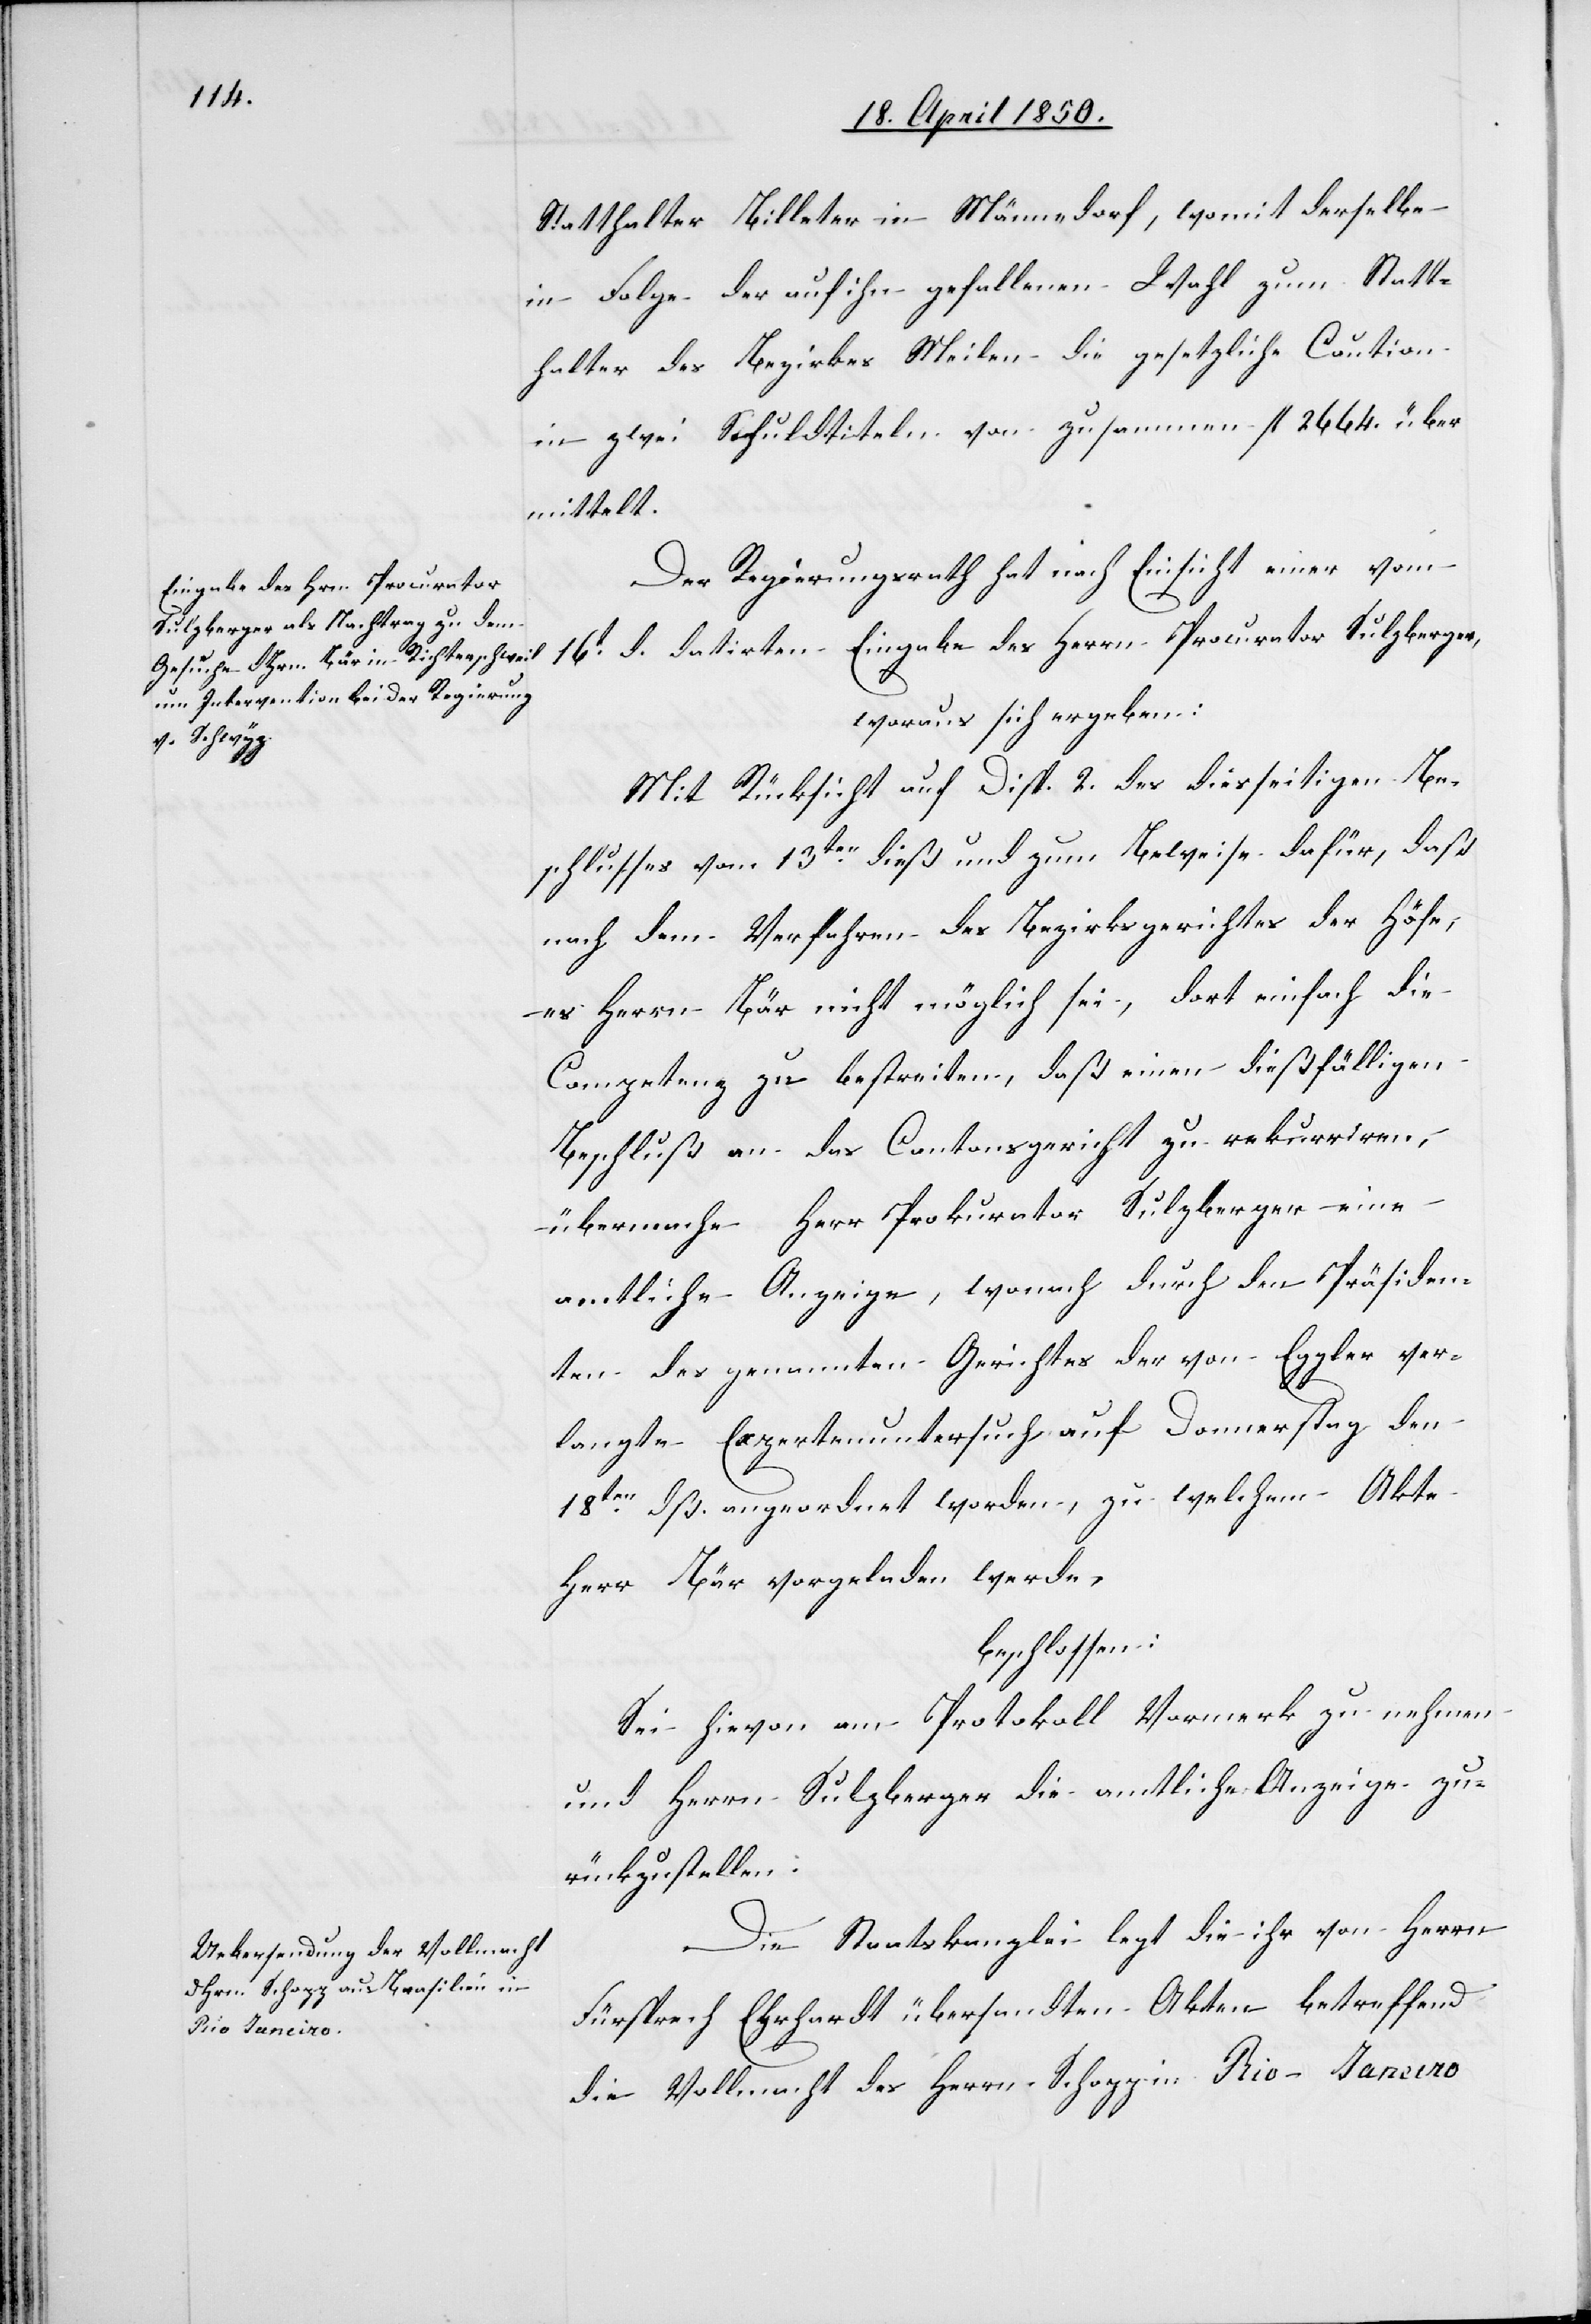
Statthalter Billeter in Männedorf, womit derselbe
in Folge der auf ihn gefallenen Wahl zum Statt¬
halter des Bezirkes Meilen die gesetzliche Caution
in zwei Schuldtiteln von zusammen fl 2664. über
mittelt.
Der Regierungsrath hat nach Einsicht einer vom
16t d. datirten Eingabe des Herrn Procurator Sulzberger,
woraus sich ergeben:
Mit Rücksicht auf Disp. 2. des diesseitigen Be¬
schlusses vom 13ten dieß und zum Beweise dafür, daß
nach dem Verfahren des Bezirksgerichtes der Höfe,
es Herrn Bär nicht möglich sei, dort einfach die
Competenz zu bestreiten, daß einen dießfälligen
Beschluß an das Cantonsgericht zu rekurriren
übermache Herr Prokurator Sulzberger eine
amtliche Anzeige, wonach durch den Präsiden¬
ten des genannten Gerichtes der von Eggler ver¬
langte Expertenuntersuch auf Donnerstag den
18ten dß. angeordnet worden, zu welchem Akte
Herr Bär vorgeladen werde,
beschlossen:
Sei hievon am Protokoll Vormerk zu nehmen
und Herrn Sulzberger die amtliche Anzeige zu¬
rückzustellen.
Die Staatskanzlei legt die ihr von Herrn
Fürsprech Ehrhardt übersandten Akten betreffend
die Vollmacht des Herrn Schopp in Rio Janeiro